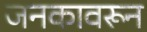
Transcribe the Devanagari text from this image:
जनकावरून